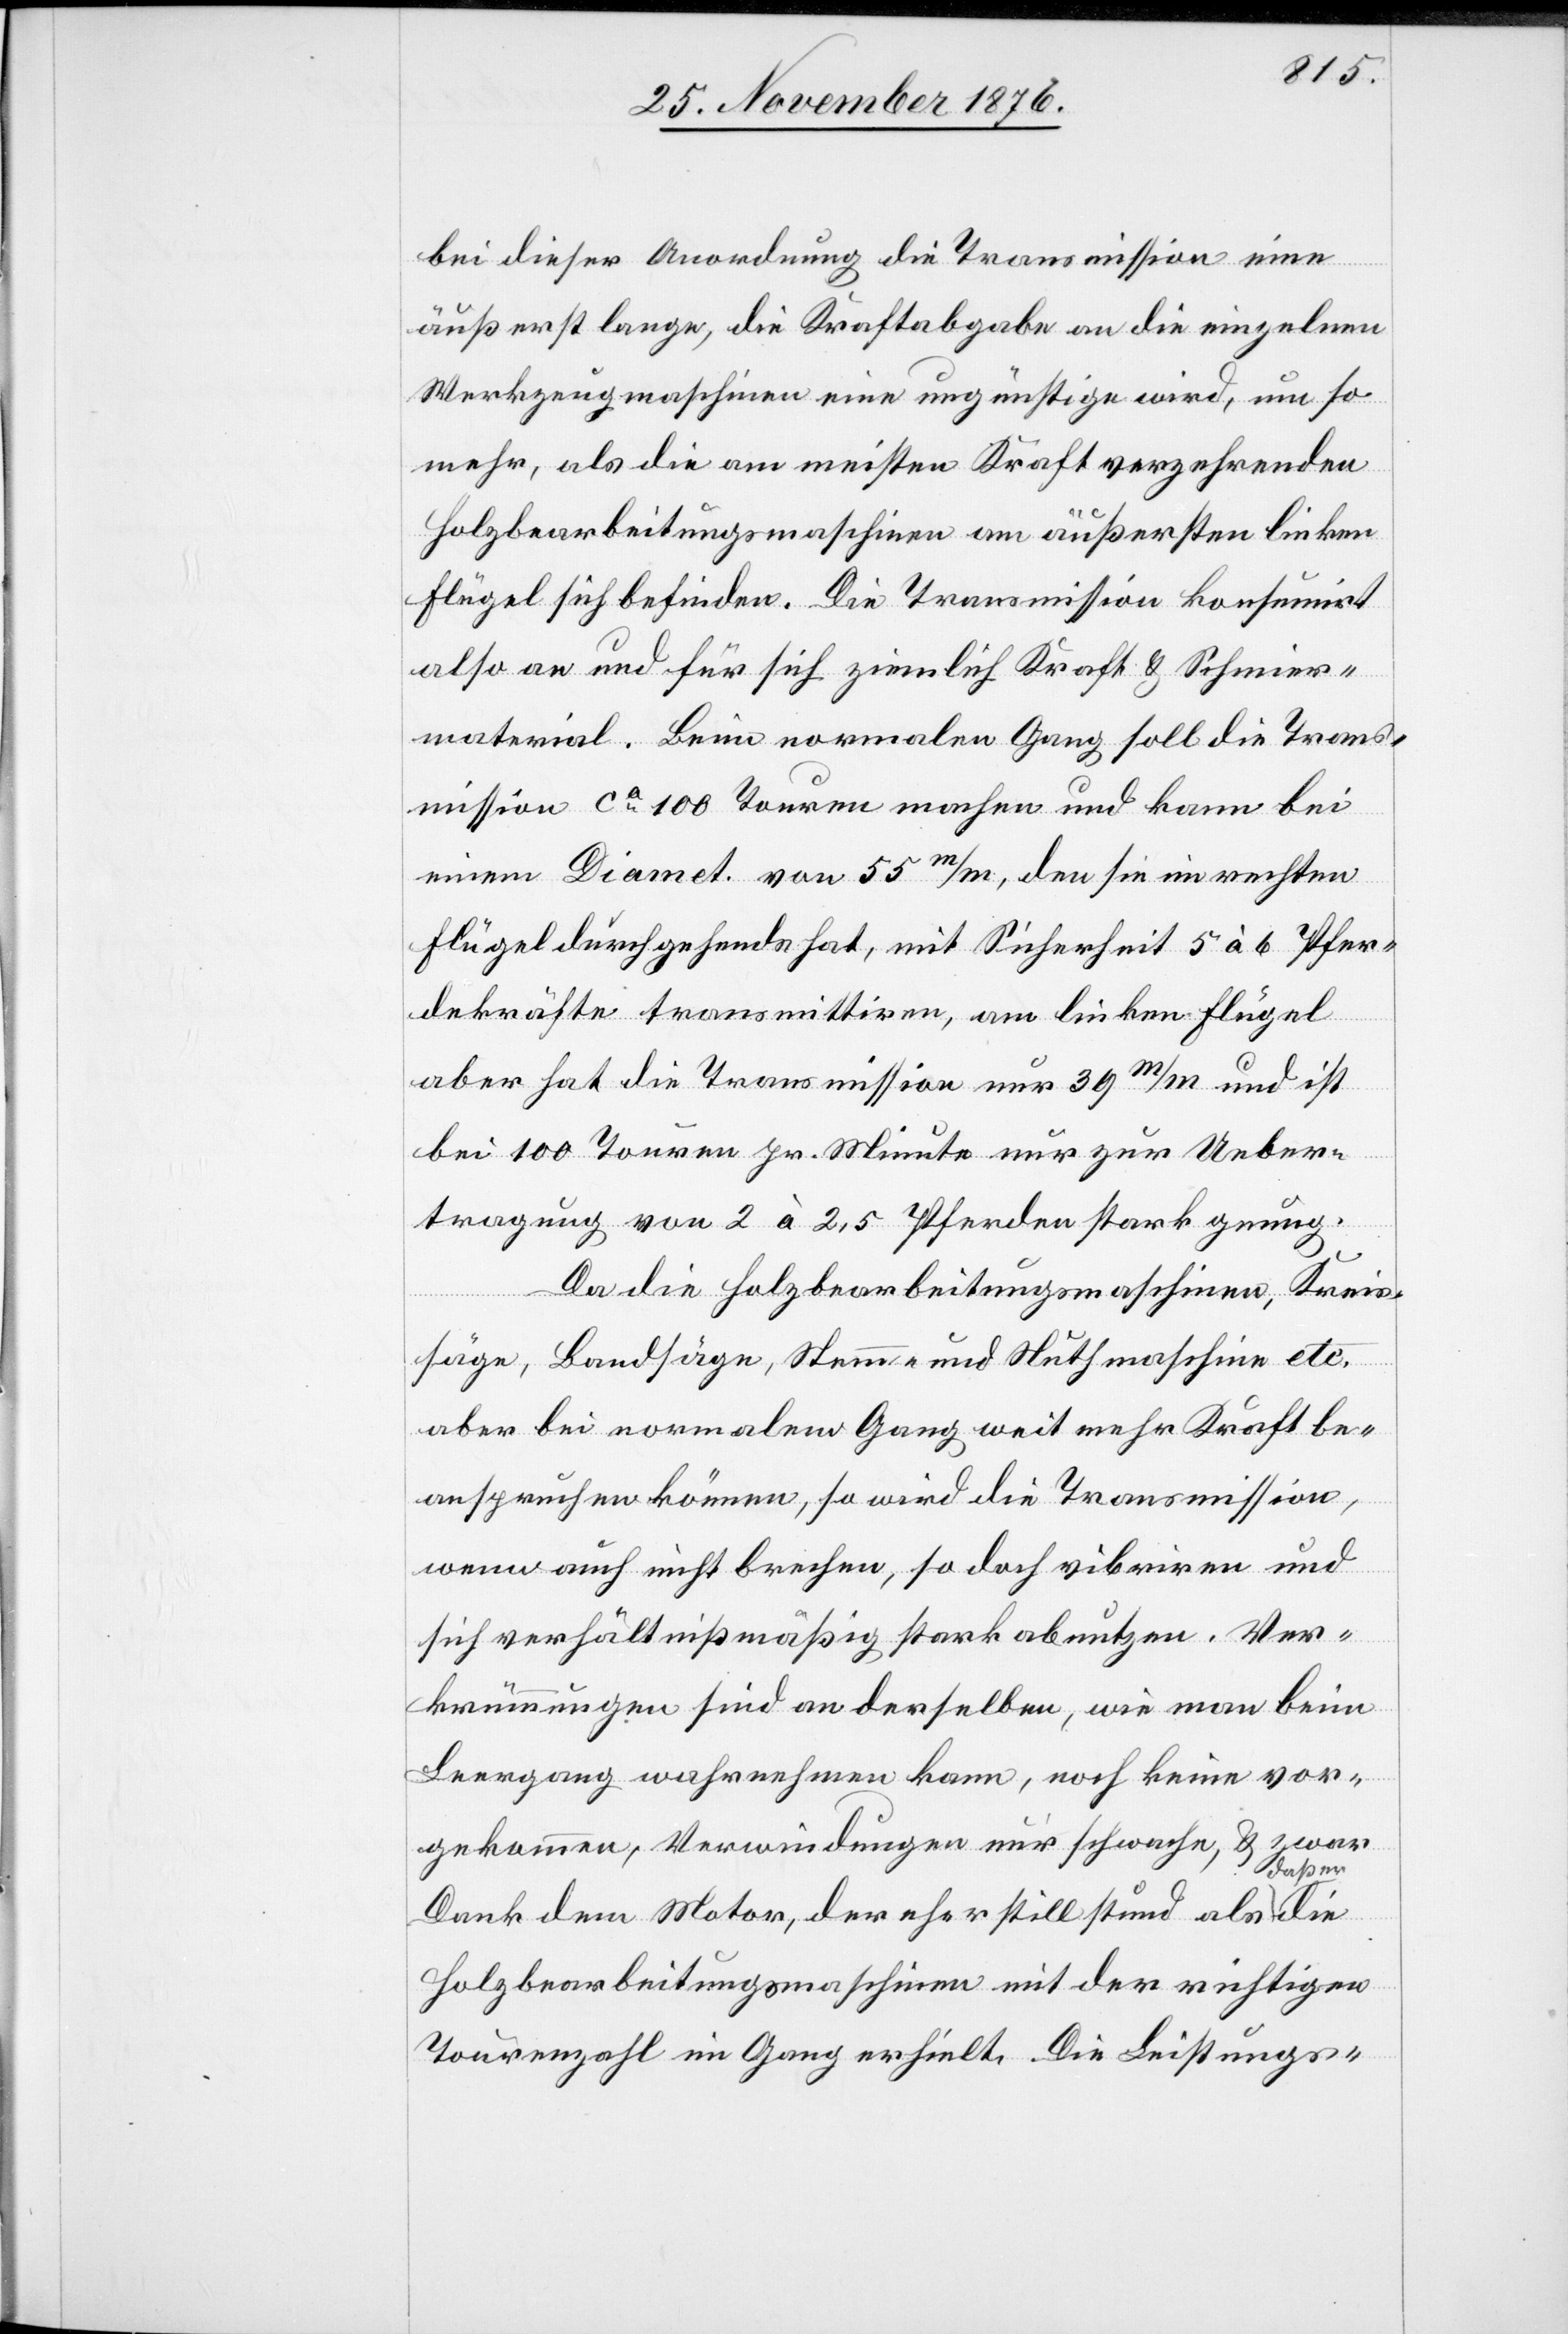
bei dieser Anordnung die Transmission eine
äußerst lange, die Kraftabgabe an die einzelnen
Werkzeugmaschinen eine ungünstige wird, um so
mehr, als die am meisten Kraft verzehrenden
Holzbearbeitungsmaschinen am äußersten linken
Flügel sich befinden. Die Transmission konsumirt
also an und für sich ziemlich Kraft & Schmier¬
material. Beim normalen Gang soll die Trans¬
mission ca 100 Touren machen und kann bei
einem Diamet. von 55m/m, den sie im rechten
Flügel durchgehends hat, mit Sicherheit 5 à 6 Pfer¬
dekräfte transmittiren, am linken Flügel
er die
aber hat die Transmission nur 39m/m und ist
bei 100 Touren pr. Minute nur zur Ueber¬
tragung von 2 à 2,5 Pferden stark genug.
Da die Holzbearbeitungsmaschinen, Kreis¬
säge, Bandsäge, Stemme- und Nuthmaschine etc.
aber bei normalem Gang weit mehr Kraft be¬
anspruchen können, so wird die Transmission,
wenn auch nicht brechen, so doch vibriren und
sich verhältnißmäßig stark abnutzen. Ver¬
krümmungen sind an derselben wie man beim
Leergang wahrnehmen kann, noch keine vor¬
gekommen, Verwindungen nur schwache, & zwar
Dank dem Motor, der eher stillstund als daß
Holzbearbeitungsmaschinen mit der richtigen
Tourenzahl im Gang erhielt. Die Leistungs-